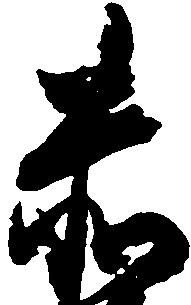
赤